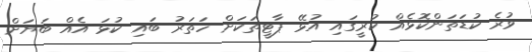
ވުރެ ކުޑަތަންކޮޅެއް ކުރީގައި އުޅޭ ޕާޓީތަކަށް ހަތަރު ބައި ކުޅަ އެއް ބަޔަށް